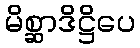
မိစ္ဆာဒိဋ္ဌိပေ